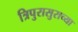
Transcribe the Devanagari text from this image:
त्रिपुरासुराच्या